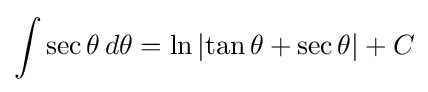
\int \sec \theta \,d\theta =\ln \left|\tan \theta +\sec \theta \right|+C